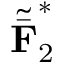
{ \tilde { \bar { \bf F } } } _ { 2 } ^ { * }